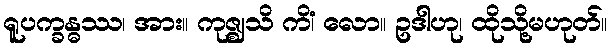
ရူပက္ခန္ဓဿ၊ အား။ ကုဇ္ဈသိ ကိံ၊ လော။ ဥဒါဟု၊ ထိုသို့မဟုတ်။